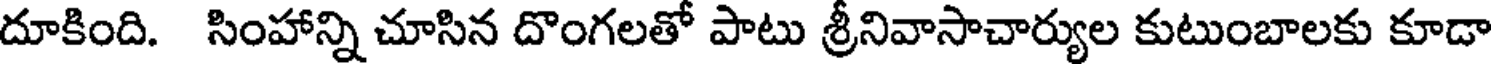
దూకింది. సింహాన్ని చూసిన దొంగలతో పాటు శ్రీనివాసాచార్యుల కుటుంబాలకు కూడా